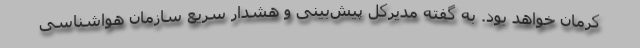
کرمان خواهد بود. به گفته مدیرکل پیش‌بینی و هشدار سریع سازمان هواشناسی